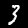
Label: 3